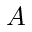
A